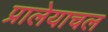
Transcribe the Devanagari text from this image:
प्रालेयाचल